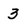
Character: 3